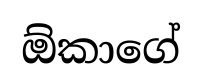
ඕකාගේ